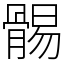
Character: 䯜